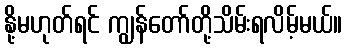
နို့မဟုတ်ရင် ကျွန်တော်တို့သိမ်းရလိမ့်မယ်။